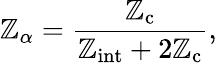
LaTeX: \mathbb{Z}_{\alpha}=\frac{{\mathbb{Z}_{\mathrm{{c}}}}}{{\mathbb{Z}_{\mathrm{{int}}}+2\mathbb{Z}_{\mathrm{{c}}}}},